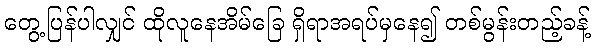
တွေ့ပြန်ပါလျှင် ထိုလူနေအိမ်ခြေ ရှိရာအရပ်မှနေ၍ တစ်မွန်းတည့်ခန့်